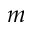
m